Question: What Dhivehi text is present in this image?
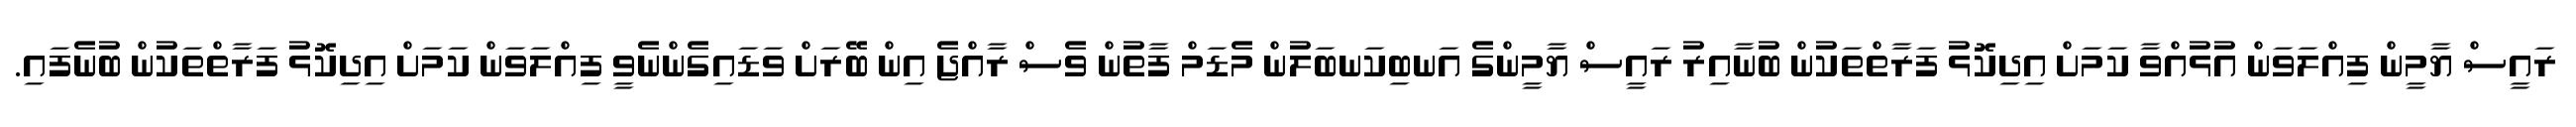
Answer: ރައީސް ޔާމީން ފިއްލަވަން އުޅުއްވާ ކަމަށް އިދިކޮޅު ފަރާތްތަކުން ބުނާއިރު ރައީސް ޔާމީންގެ އަނބިކަނބަލުން މެޑަމް ފާތުން ވެސް ރާއްޖެ އިން ބޭރަށް ވަޑައިގެންނެވީ ފިއްލަވަން ކަމަށް އިދިކޮޅު ފަރާތްތަކުން ބުނެފައި.